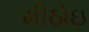
મીઠોઇ